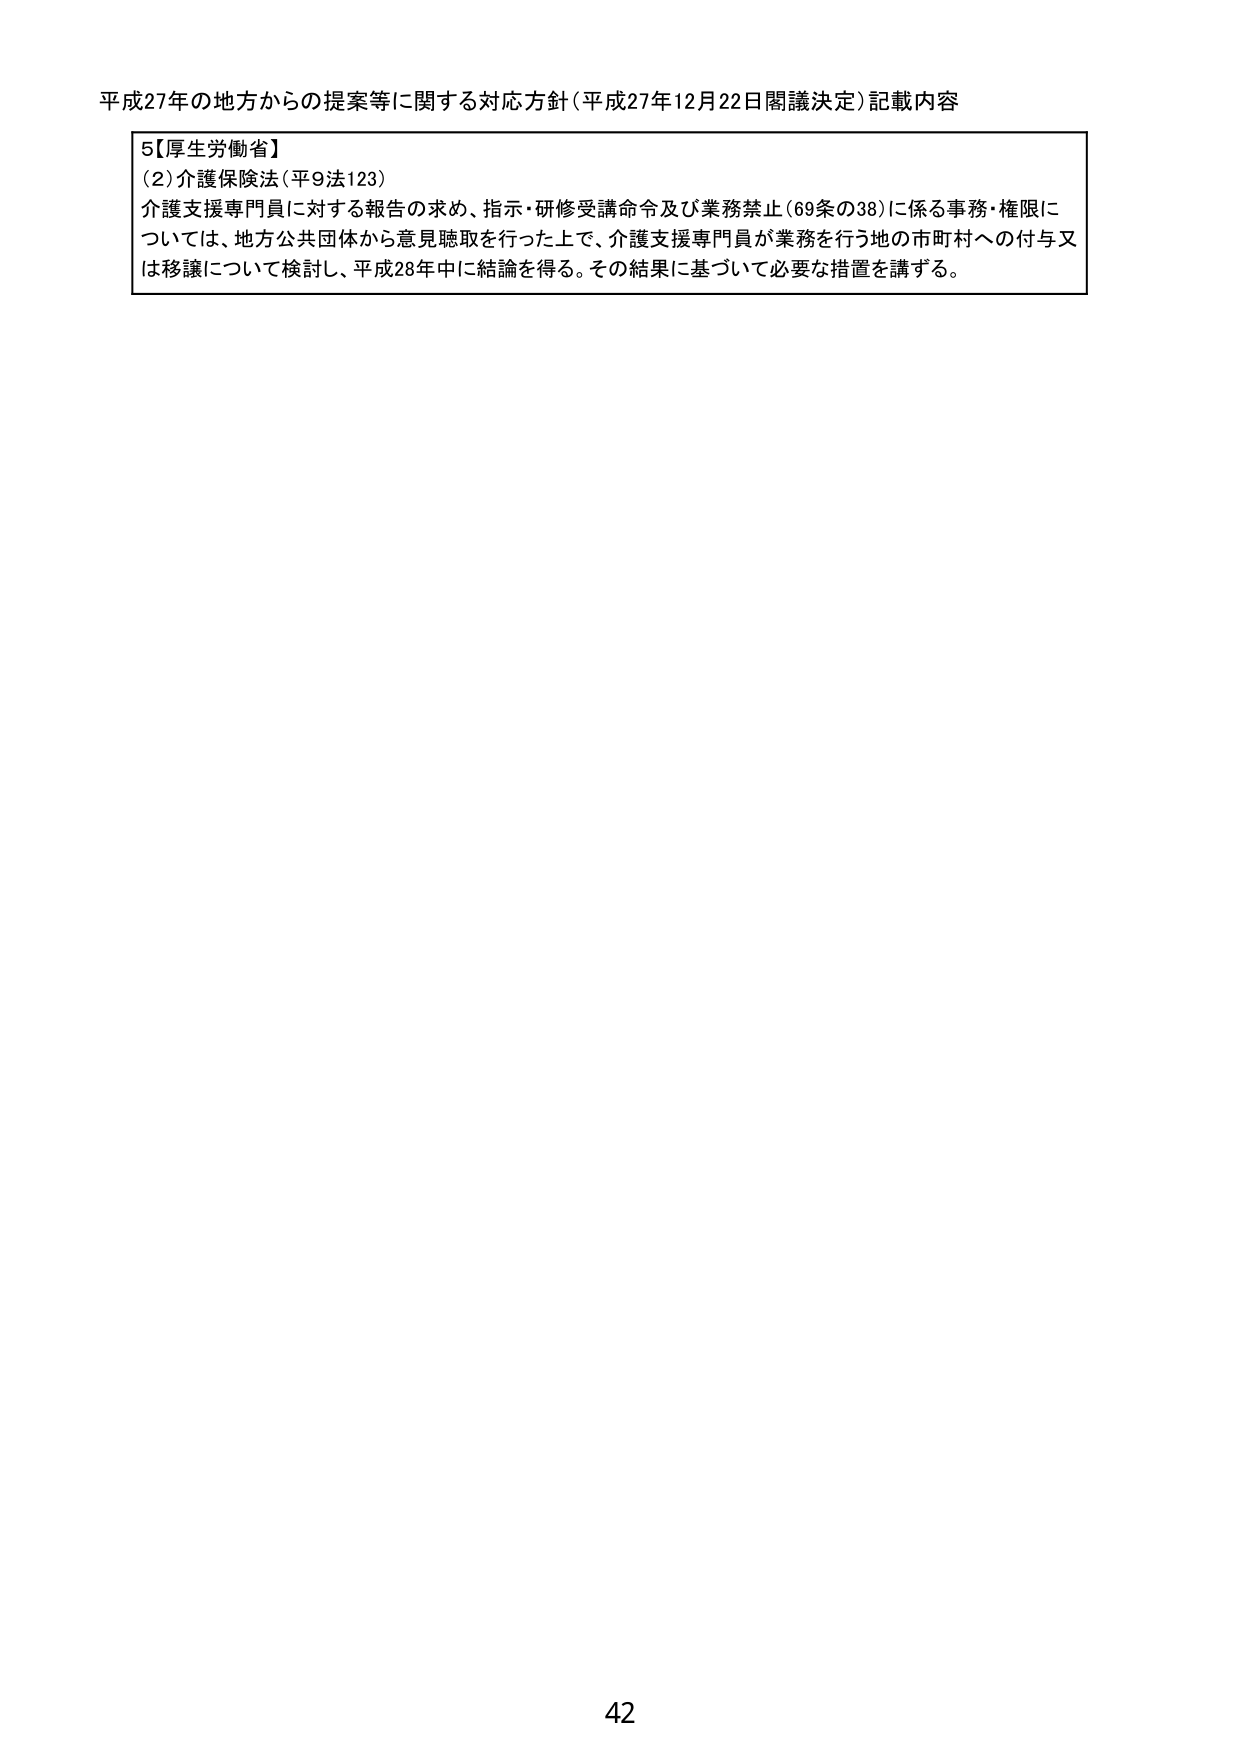
平成27年の地方からの提案等に関する対応方針（平成27年12月22日閣議決定）記載内容

5【厚生労働省】
(2) 介護保険法（平9法123）
介護支援専門員に対する報告の求め、指示・研修受講命令及び業務禁止（69条の38）に係る事務・権限については、地方公共団体から意見聴取を行った上で、介護支援専門員が業務を行う地の市町村への付与又は移譲について検討し、平成28年中に結論を得る。その結果に基づいて必要な措置を講ずる。

42